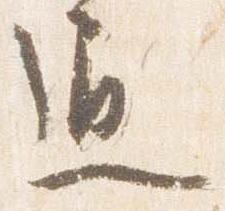
通